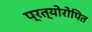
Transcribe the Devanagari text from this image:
प्रत्योरोपित